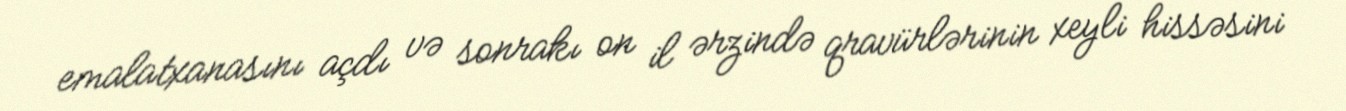
emalatxanasını açdı və sonrakı on il ərzində qravürlərinin xeyli hissəsini